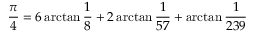
{ \frac { \pi } { 4 } } = 6 \arctan { \frac { 1 } { 8 } } + 2 \arctan { \frac { 1 } { 5 7 } } + \arctan { \frac { 1 } { 2 3 9 } }